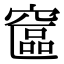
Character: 䆰